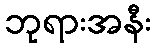
ဘုရားအနီး